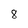
Character: 8